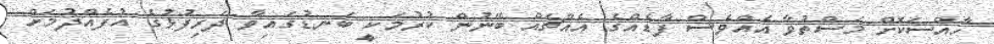
ހާއްސަކޮށް މަސްތުވާ އެއްވެސް ފާޑެއްގެ އެއްޗެއް ބޭނުން ކުރުމަކީ ބަނޑުގައިވާ ދަރިފުޅުގެ އުފެއްދުމަށް